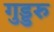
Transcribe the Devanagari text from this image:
गुड्डरु